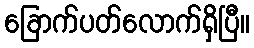
ခြောက်ပတ်လောက်ရှိပြီ။